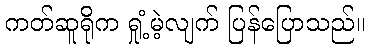
ကတ်ဆူရိုက ရှုံ့မဲ့လျက် ပြန်ပြောသည်။